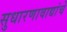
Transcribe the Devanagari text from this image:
सुधारणावाद्यांचे